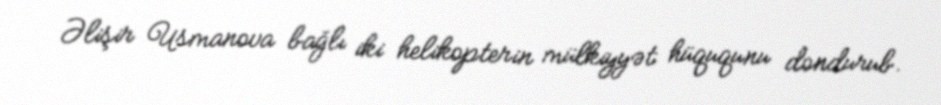
Əlişir Usmanova bağlı iki helikopterin mülkiyyət hüququnu dondurub.